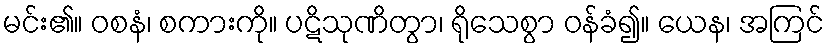
မင်း၏။ ဝစနံ၊ စကားကို။ ပဋိသုဏိတွာ၊ ရိုသေစွာ ဝန်ခံ၍။ ယေန၊ အကြင်